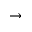
\rightarrow